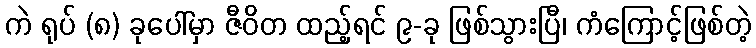
ကဲ ရုပ် (၈) ခုပေါ်မှာ ဇီဝိတ ထည့်ရင် ၉-ခု ဖြစ်သွားပြီ၊ ကံကြောင့်ဖြစ်တဲ့